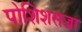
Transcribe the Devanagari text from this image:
पोशिशसज्जा